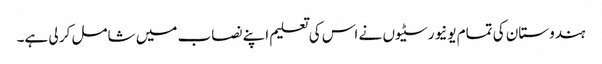
ہندوستان کی تمام یونیورسٹیوں نے اس کی تعلیم اپنے نصاب میں شامل کر لی ہے۔